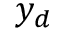
y _ { d }